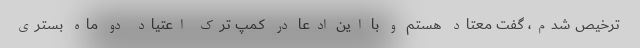
ترخیص شدم، گفت معتاد هستم و با این ادعا در کمپ ترک اعتیاد دو ماه بستری